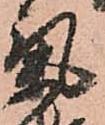
気